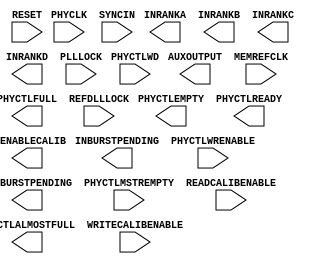
///////////////////////////////////////////////////////
//  Copyright (c) 1995/2015 Xilinx, Inc.
//  All Right Reserved.
///////////////////////////////////////////////////////
//
//   ____   ___
//  /   /\/   / 
// /___/  \  /     Vendor      : Xilinx 
// \  \    \/      Version : 2015.4
//  \  \           Description : Xilinx Formal Library Component
//  /  /                         7SERIES Phaser Phy Control
// /__/   /\       Filename    : PHY_CONTROL.v
// \  \  /  \ 
//  \__\/\__ \                    
//                                 
///////////////////////////////////////////////////////
//  Date:     Comment:
///////////////////////////////////////////////////////

`timescale 1 ps / 1 ps 

`celldefine

module PHY_CONTROL (
  AUXOUTPUT,
  INBURSTPENDING,
  INRANKA,
  INRANKB,
  INRANKC,
  INRANKD,
  OUTBURSTPENDING,
  PCENABLECALIB,
  PHYCTLALMOSTFULL,
  PHYCTLEMPTY,
  PHYCTLFULL,
  PHYCTLREADY,

  MEMREFCLK,
  PHYCLK,
  PHYCTLMSTREMPTY,
  PHYCTLWD,
  PHYCTLWRENABLE,
  PLLLOCK,
  READCALIBENABLE,
  REFDLLLOCK,
  RESET,
  SYNCIN,
  WRITECALIBENABLE
);

  parameter integer AO_TOGGLE = 0;
  parameter [3:0] AO_WRLVL_EN = 4'b0000;
  parameter BURST_MODE = "FALSE";
  parameter integer CLK_RATIO = 1;
  parameter integer CMD_OFFSET = 0;
  parameter integer CO_DURATION = 0;
  parameter DATA_CTL_A_N = "FALSE";
  parameter DATA_CTL_B_N = "FALSE";
  parameter DATA_CTL_C_N = "FALSE";
  parameter DATA_CTL_D_N = "FALSE";
  parameter DISABLE_SEQ_MATCH = "TRUE";
  parameter integer DI_DURATION = 0;
  parameter integer DO_DURATION = 0;
  parameter integer EVENTS_DELAY = 63;
  parameter integer FOUR_WINDOW_CLOCKS = 63;
  parameter MULTI_REGION = "FALSE";
  parameter PHY_COUNT_ENABLE = "FALSE";
  parameter integer RD_CMD_OFFSET_0 = 0;
  parameter integer RD_CMD_OFFSET_1 = 00;
  parameter integer RD_CMD_OFFSET_2 = 0;
  parameter integer RD_CMD_OFFSET_3 = 0;
  parameter integer RD_DURATION_0 = 0;
  parameter integer RD_DURATION_1 = 0;
  parameter integer RD_DURATION_2 = 0;
  parameter integer RD_DURATION_3 = 0;
  parameter SYNC_MODE = "FALSE";
  parameter integer WR_CMD_OFFSET_0 = 0;
  parameter integer WR_CMD_OFFSET_1 = 0;
  parameter integer WR_CMD_OFFSET_2 = 0;
  parameter integer WR_CMD_OFFSET_3 = 0;
  parameter integer WR_DURATION_0 = 0;
  parameter integer WR_DURATION_1 = 0;
  parameter integer WR_DURATION_2 = 0;
  parameter integer WR_DURATION_3 = 0;

`ifdef XIL_TIMING
    parameter LOC = "UNPLACED";
`endif //  `ifdef XIL_TIMING

  
  output PHYCTLALMOSTFULL;
  output PHYCTLEMPTY;
  output PHYCTLFULL;
  output PHYCTLREADY;
  output [1:0] INRANKA;
  output [1:0] INRANKB;
  output [1:0] INRANKC;
  output [1:0] INRANKD;
  output [1:0] PCENABLECALIB;
  output [3:0] AUXOUTPUT;
  output [3:0] INBURSTPENDING;
  output [3:0] OUTBURSTPENDING;

  input MEMREFCLK;
  input PHYCLK;
  input PHYCTLMSTREMPTY;
  input PHYCTLWRENABLE;
  input PLLLOCK;
  input READCALIBENABLE;
  input REFDLLLOCK;
  input RESET;
  input SYNCIN;
  input WRITECALIBENABLE;
  input [31:0] PHYCTLWD;

endmodule

`endcelldefine